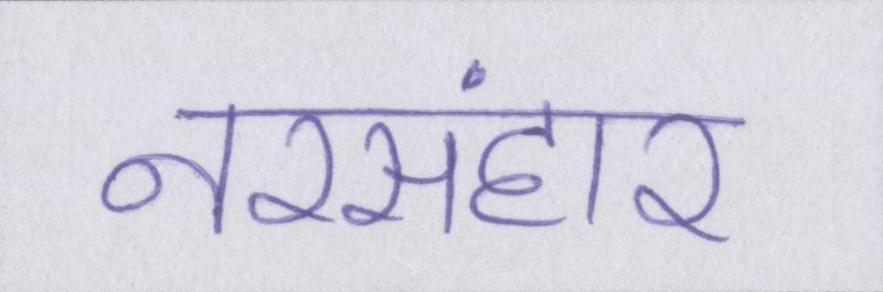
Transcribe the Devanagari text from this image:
नरसंहार